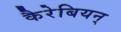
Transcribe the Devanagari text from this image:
कैरेबियन्